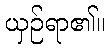
ယှဉ်ရာ၏။